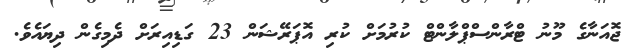
ޖޮއަނާގެ މޫނު ޓްރާންސްޕްލާންޓް ކުރުމަށް ކުރި އޮޕަރޭޝަން 23 ގަޑިއިރަށް ދެމިގެން ދިޔައެވެ.